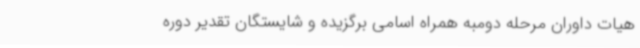
هیات داوران مرحله دومبه همراه اسامی برگزیده و شایستگان تقدیر دوره